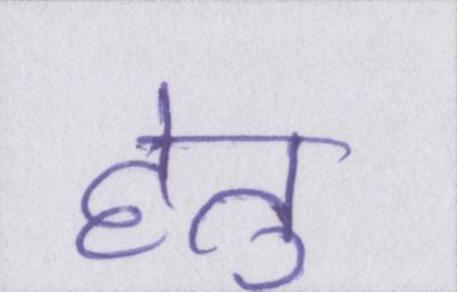
हेतु